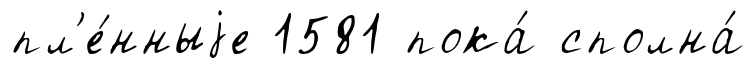
пл'е́нныjе 1581 пока́ сполна́